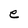
Character: e